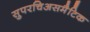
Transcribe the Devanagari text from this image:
सुपरचिअसमैटिक